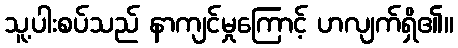
သူ့ပါးစပ်သည် နာကျင်မှုကြောင့် ဟလျက်ရှိ၏။